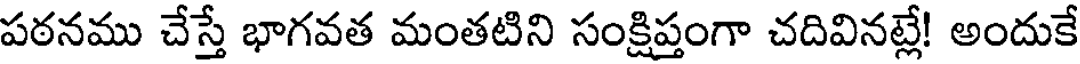
పఠనము చేస్తే భాగవత మంతటిని సంక్షిప్తంగా చదివినట్లే! అందుకే